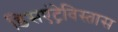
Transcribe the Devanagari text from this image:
डिसएंट्रेविस्तास